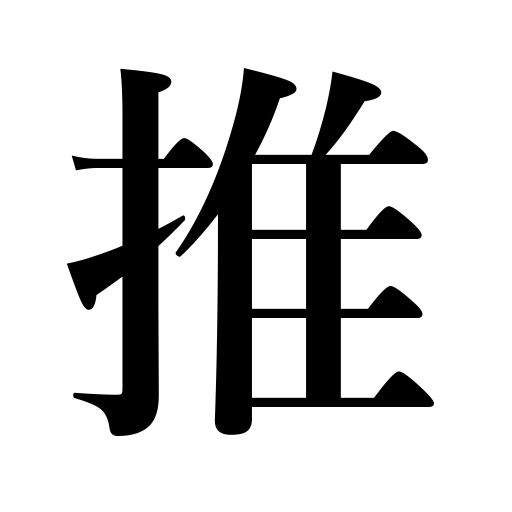
Meanings: conjecture,conclude,recommend,support,infer,guess,suppose